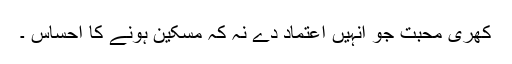
کھری محبت جو انہیں اعتماد دے نہ کہ مسکین ہونے کا احساس ۔